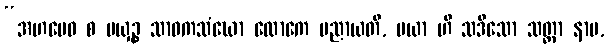
“အဟမေဝ စ မယှဉ္စ သာဝကသံဃော လောကေ ပညာယတိ, မယာ ဟိ သဒိသော သတ္ထာ နာမ,